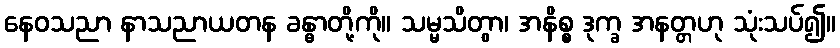
နေဝသညာ နာသညာယတန ခန္ဓာတို့ကို။ သမ္မသိတွာ၊ အနိစ္စ ဒုက္ခ အနတ္တဟု သုံးသပ်၍။